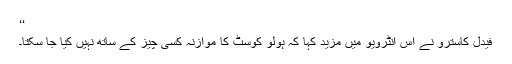
‘‘
فیدل کاسترو نے اس انٹرویو میں مزید کہا کہ ہولو کوسٹ کا موازنہ کسی چیز کے ساتھ نہیں کیا جا سکتا۔